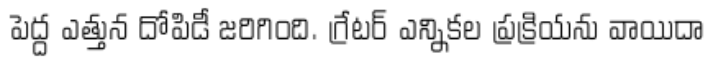
పెద్ద ఎత్తున దోపిడీ జరిగింది. గ్రేటర్ ఎన్నికల ప్రక్రియను వాయిదా